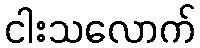
ငါးသလောက်